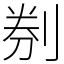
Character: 㓬